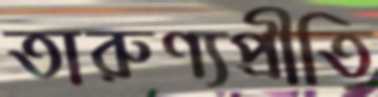
তারুণ্যপ্রীতি